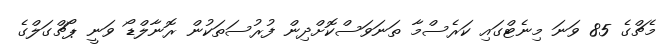
މެޗްގެ 85 ވަނަ މިނެޓްގައި ކަރެސްމާ ތަނަވަސްކޮށްދިން ފުރުސަތަކުން ރޮނާލްޑޯ ވަނީ ޕޯޗްގަލްގެ